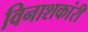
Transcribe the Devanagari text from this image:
विनाशकांरी